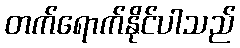
တက်ရောက်နိုင်ပါသည်